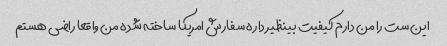
این ست را من دارم کیفیت بینظیر داره سفارش امریکا ساخته شده من واقعا راضی هستم